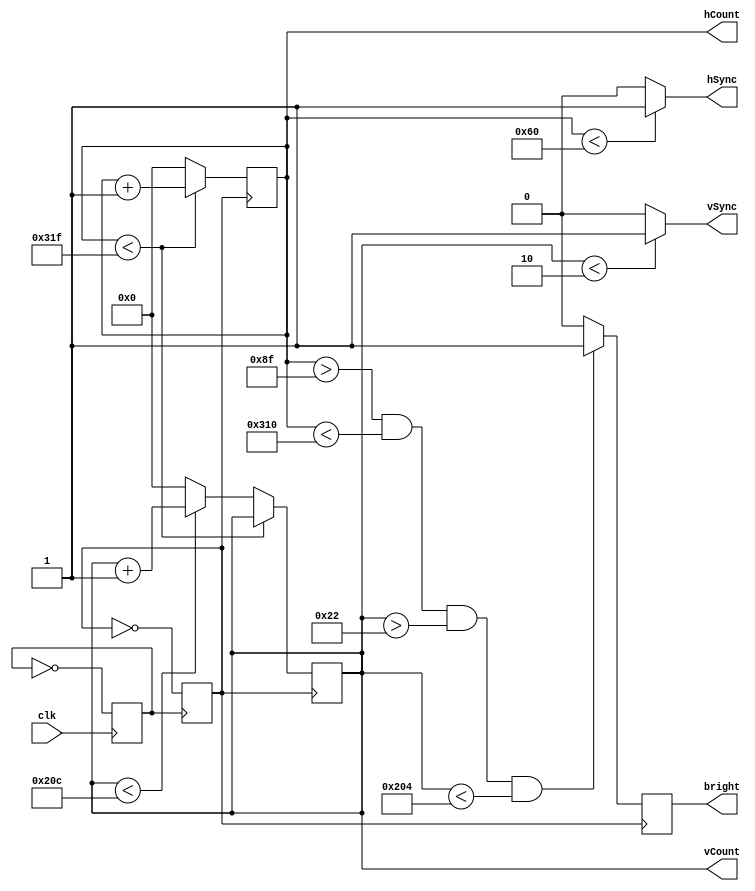
`timescale 1ns / 1ps

module display_controller(
	input clk,
	output hSync, vSync,
	output reg bright,
	output reg[9:0] hCount, 
	output reg [9:0] vCount // Covers 800, width of the screen, because it's 2^10
	);
	
	reg pulse;
	reg clk25;
	
	initial begin // Set all of them initially to 0
		clk25 = 0;
		pulse = 0;
	end
	
	always @(posedge clk)
		pulse = ~pulse;
	always @(posedge pulse)
		clk25 = ~clk25;
		
	always @ (posedge clk25)
		begin
		if (hCount < 10'd799)
			begin
			hCount <= hCount + 1;
			end
		else if (vCount < 10'd524)
			begin
			hCount <= 0;
			vCount <= vCount + 1;
			end
		else
			begin
			hCount <= 0;
			vCount <= 0;
			end
		end
		
	assign hSync = (hCount < 96) ? 1:0;
	assign vSync = (vCount < 2) ? 1:0;
		
	always @(posedge clk25)
		begin
		if(hCount > 10'd143 && hCount < 10'd784 && vCount > 10'd34 && vCount < 10'd516)
			bright <= 1;
		else
			bright <= 0;
		end	
		
endmodule